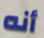
أنه